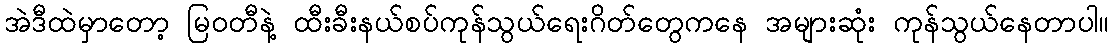
အဲဒီထဲမှာတော့ မြဝတီနဲ့ ထီးခီးနယ်စပ်ကုန်သွယ်ရေးဂိတ်တွေကနေ အများဆုံး ကုန်သွယ်နေတာပါ။